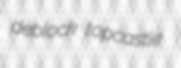
deblock topcastle